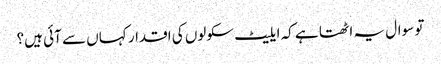
تو سوال یہ اٹھتا ہے کہ ایلیٹ سکولوں کی اقدار کہاں سے آئی ہیں؟